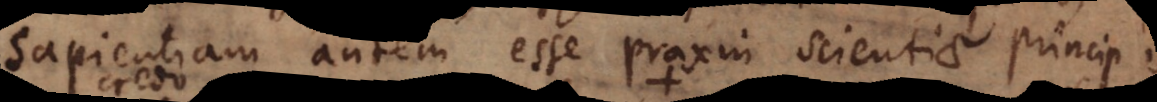
sapientiam autem esse praxin scientiae principis.